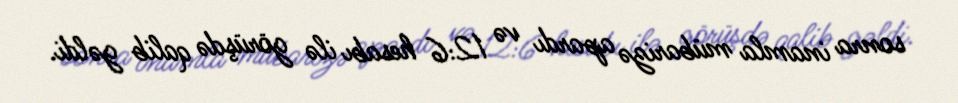
sonra inamla mübarizə apardı və 12:6 hesabı ilə görüşdə qalib gəldi.